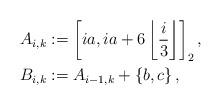
LaTeX: \begin{align*}A_{i,k} & := \left[ia, i a + 6 \left\lfloor \frac{i}{3} \right\rfloor \right]_2,\\B_{i,k} & := A_{i-1,k} + \left\{ b, c \right\},\end{align*}